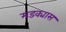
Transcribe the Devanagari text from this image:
मडक्यास